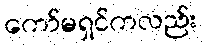
ကော်မရှင်ကလည်း